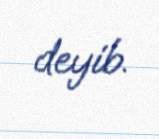
deyib.